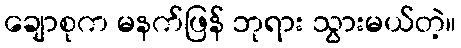
ချောစုက မနက်ဖြန် ဘုရား သွားမယ်တဲ့။